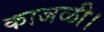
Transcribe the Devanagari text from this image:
काजळी।